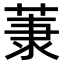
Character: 𫈤